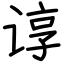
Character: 谆